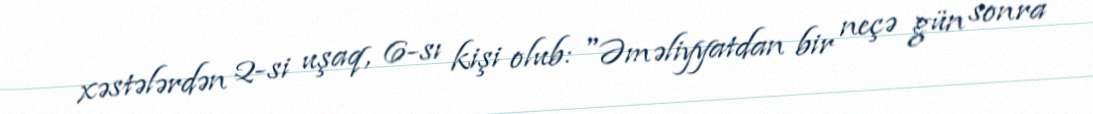
xəstələrdən 2-si uşaq, 6-sı kişi olub: "Əməliyyatdan bir neçə gün sonra